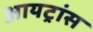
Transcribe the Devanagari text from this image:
आयट्रांस